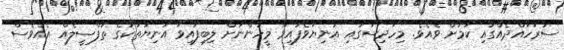
ސަރަހައްދެއްގައި ކަމަށް ވެއެވެ. މިހާދިސާގައި އަނިޔާވެފައިވާ މީހުންނަށް ލިބިފައިވާ އަނިޔާތަކުގެ ތަފްސީލެއް އެއްވެސް